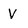
Character: v